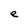
Character: e